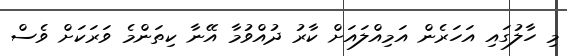
މި ހާލުގައި އަހަރެން އަމިއްލައަށް ކާރު ދުއްވުމާ އޭނާ ކިތަންމެ ވަރަކަށް ވެސް